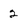
Character: 2